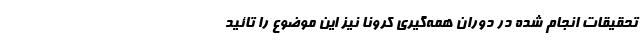
تحقیقات انجام شده در دوران همه‌گیری کرونا نیز این موضوع را تائید